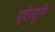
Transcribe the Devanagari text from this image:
पूर्वप्रवृनि